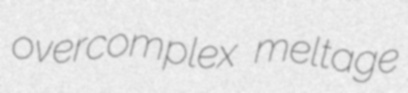
overcomplex meltage